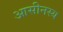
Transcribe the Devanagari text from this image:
आसीनस्य